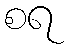
စရ